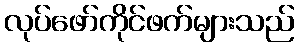
လုပ်ဖော်ကိုင်ဖက်များသည်